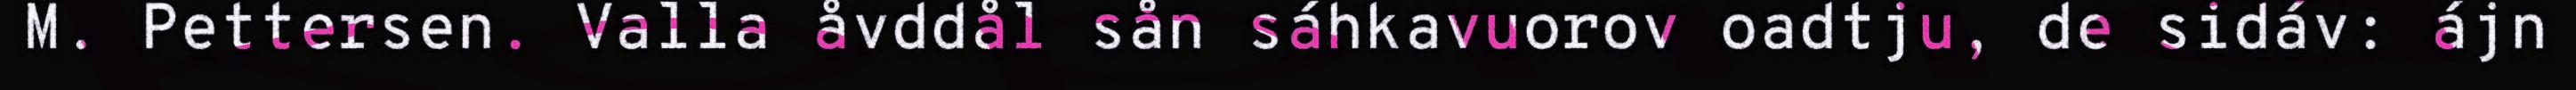
M. Pettersen. Valla åvddål sån sáhkavuorov oadtju, de sidáv: ájn